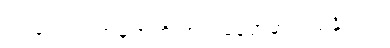
လ ပေး လက်မှတ်ကို ဘယ်နေရာမှာ ဝယ်နိုင်လဲ။